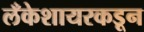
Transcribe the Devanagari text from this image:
लँकेशायरकडून